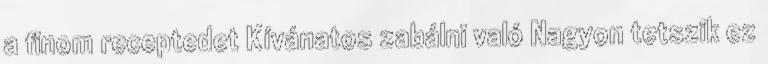
a finom receptedet Kívánatos zabálni való Nagyon tetszik ez